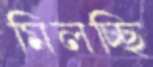
মিলচ্ছি